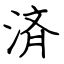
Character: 済